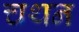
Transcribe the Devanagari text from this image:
चथन